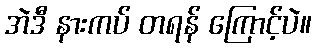
အဲဒီ နားကပ် တရန် ကြောင့်ပဲ။